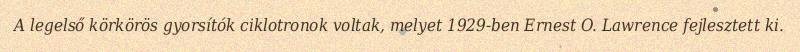
A legelső körkörös gyorsítók ciklotronok voltak, melyet 1929-ben Ernest O. Lawrence fejlesztett ki.